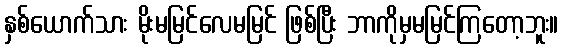
နှစ်ယောက်သား မိုးမမြင်လေမမြင် ဖြစ်ပြီး ဘာကိုမှမမြင်ကြတော့ဘူး။